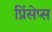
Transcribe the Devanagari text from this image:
प्रिंसेप्स